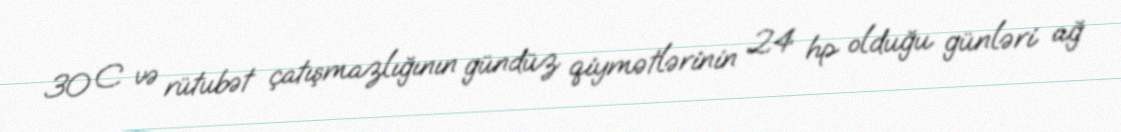
30 C və rütubət çatışmazlığının gündüz qiymətlərinin 24 hp olduğu günləri ağ